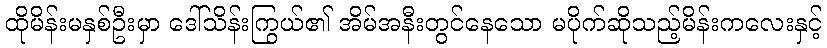
ထိုမိန်းမနှစ်ဦးမှာ ဒေါ်သိန်းကြွယ်၏ အိမ်အနီးတွင်နေသော မပိုက်ဆိုသည့်မိန်းကလေးနှင့်